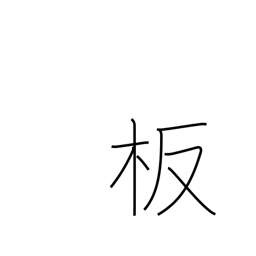
Meaning: plate